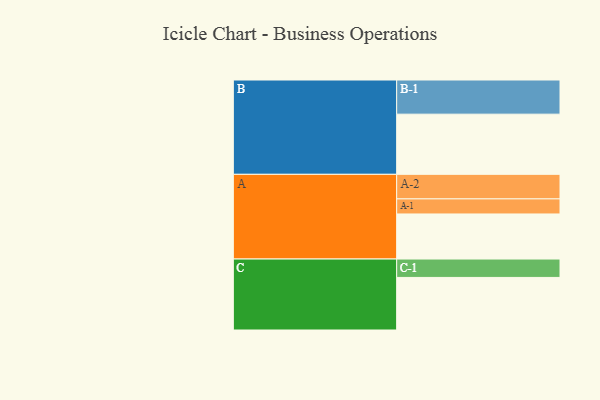
{"axis": {"x": "Segment", "y": "Value"}, "legend": ["", "A", "B", "C"], "data": [{"x": "A", "y": 380, "type": ""}, {"x": "B", "y": 507, "type": ""}, {"x": "C", "y": 443, "type": ""}, {"x": "A-1", "y": 127, "type": "A"}, {"x": "A-2", "y": 207, "type": "A"}, {"x": "B-1", "y": 288, "type": "B"}, {"x": "C-1", "y": 155, "type": "C"}]}